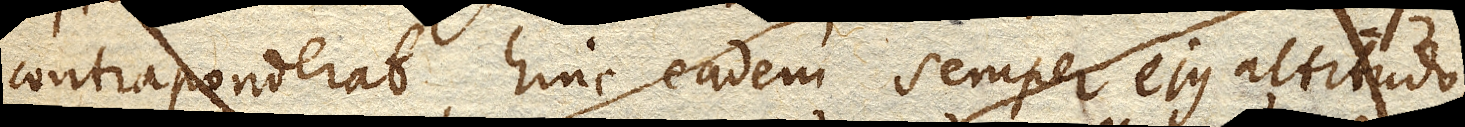
contraponderat, hinc eadem semper ejus altitudo,